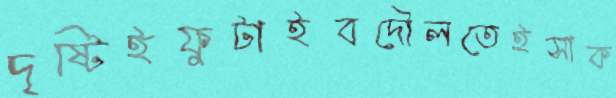
দৃষ্টিইফুটাইবদৌলতেইসাক